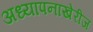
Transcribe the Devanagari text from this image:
अध्यापनाखेरीज